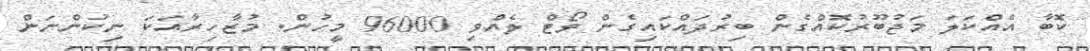
ކޮބާ އެއްކަލަ މަޖުބޫރުކޮއްގެން ބިރުދައްކައިގެން ވޯޓް ލެއްވި 96000 މީހުން. މުޒާހިރާއަކަ ނިކުންނަން